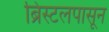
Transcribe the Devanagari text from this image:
ब्रिस्टलपासून